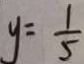
y = \frac { 1 } { 5 }